King Institute of Preventive Medicine Micro-Biological Section reports 1909-11
Year: 1909
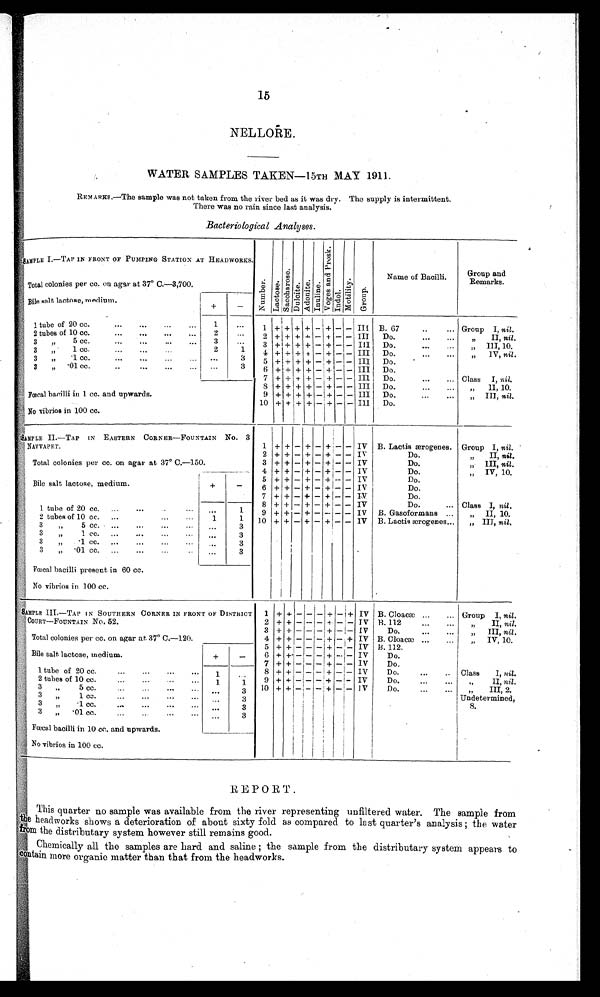
15
NELLORE.
WATER SAMPLES TAKEN—15TH MAY 1911.
REMARKS.—The sample was not taken from the river bed as it was dry. The supply is intermittent.
There was no rain since last analysis.
Bacteriological Analyses.
SAMPLE I.—TAP IN FRONT OF PUMPING STATION AT HEADWORKS
.
Nu mb e r . L a c t o s e .
S a c c h a r o s e . D u l c i t e . A d o n i t e . I n u l i n e .
V o g e s a n d P r o s k .
I n d o .
M o t i l i t y .
Gr oup.
Name of Bacilli. Group and
Remarks.
Total colonies per cc. on agar at 37° C.—3,700.
Bile salt lactose, medium.
+ -
1 tube of 20 cc. ... ... ... ...
1
. . . 1 + + + + - + - - I I I B. 67
.. ... Group I, nil.
2 tubes of 10 cc. ... ... ...
2
. . . 2 + + + + - + - - I I I Do. ...
„ II, nil.
3 „ 5 cc.
... . . .
. . .
3
. . . 3 + + + + - + - - I I I Do.
. . .
...
„ III, 10.
3 „ 1 cc. ... ...
...
2
1
4 + + + + - + - - I I I Do.
. . .
...
„ IV, nil .
3 „ .1 cc. ... ... ...
. . .
3
5 + + + + - + - - I I I Do.
3 „ .01 cc. .. ... ... ...
. . .
3
6 + + + + - + - - I I I Do.
7 + + + + - + - - I I I Do. ... ...
Class I, nil.
Fœcal bacilli in 1 cc. and upwards.
8 + + + + - + - - I I I Do.
...
„ II, 10.
9 + + + + - + - - I I I Do.
...
„ III, nil.
No vibrios in 100 cc.
1 0 + + + + - + - - I I I Do.
...
S A M P L E I I — T A P I N E A S T E R N C O R N E R — F O U N T A I N N o . 3
NAVVAPET. 1 + + - + - + - - IV B. Lactis ærogenes. Group I, nil.
2 + + - + - + - - IV
Do.
„ II, nil .
Total colonies per cc. on agar at 37° C.—150.
3 + + - + - + - - IV
Do.
„ III, nil.
4 + + - + - + - - IV
Do.
„ IV, 10.
Bile salt lactose, medium.
+
-
5 + + - + - + - - IV
Do.
6 + + - + - + - - IV
Do.
1 tube of 20 cc. ... ...
...
. . .
1
7 + + - + - + - - IV
Do.
8 + + - + - + - - IV
Do. ...
Class I, nil.
9 + + - + - + - - IV B. Gasoformans . . . „ II, 10.
2 tubes of 10 cc. ... ...
...
1 1
1 0 + + - + - + - - IV B. Lactis ærogenes... „ III, nil .
3 „ 5 cc. . . .
. . .
. . .
. . . . . .
3
3 „ 1 cc. . . .
. . .
. . .
. . . . .
3
3 „ .1 cc. . . .
. . .
. . .
. . . . . .
3
3 „ .01 cc. . . .
. . .
. . . . . .
3
F œ c a l b a c i l l i p r e s e n t i n 6 0 c c .
No vibrios in 100 cc.
SAMPLE
III.—TAP IN SOUTHERN CORNER IN FRONT OF DISTRICT
COURT—FOUNTAIN No. 52
.
1 + + - - - + -
+
IV B. Cloacæ ... ... Group I, nil .
2 + + - - - + - - IV B. 112 ... ...
„ II, nil.
3 + + - - - + - - IV Do.
. . .
...
„ III, nil.
Total colonies per cc. on agar at 37° C.—120.
4 + + - - - + - + IV B. Cloacæ ... ... „ IV, 10.
5 + + - - - + - - IV B. 112.
Bile salt lactose, medium.
+
-
6 + + - - - + - - IV Do.
7 + + - - - + - - IV Do.
1 tube of 20 cc.
. . .
. . .
...
1
. . .
8 + + - - - + - - IV Do. ... ..
Class I, nil .
2 tubes of 10 cc.
. . .
...
1
1
9 + + - - - + - - IV Do.
...
„ II, nil.
3 „ 5 cc.
...
. . . . 3
1 0 + + - - - + - - IV Do. ... ...
„ III, 2 . U n d e t e r m i n e d , 8 .
3 „ 1 cc. . . .
. . .
. . .
. . .
. . .
3
3 „ .1 cc. ... ... ... ...
. . .
3
3 „ .01 cc.
... ... . . .
3
Fœcal bacilli in 10 cc. and upwards.
No vibrios in 100 cc.
REPORT
.
This quarter no sample was available from the river representing unfiltered water. The sample from
the head works shows a deterioration of about sixty fold as compared to last quarter's analysis; the water
from the distributary system however still remains good
.
Chemically all the samples are hard and saline ; the sample from the distributary system appears to
contain more organic matter than that from the headworks
.